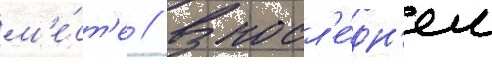
м'е́ст'е // В посл'е́дн'ем